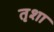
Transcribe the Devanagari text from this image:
तृशा